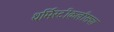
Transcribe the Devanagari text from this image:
थर्मिस्टीकलीसचा